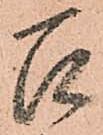
召